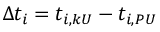
\Delta t _ { i } = t _ { i , k U } - t _ { i , P U }